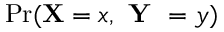
\mathrm { P r } ( \mathbf { X } = x , \textbf { Y } = y )